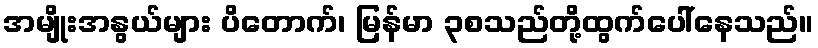
အမျိုးအနွယ်များ ပိတောက်၊ မြန်မာ ၃စသည်တို့ထွက်ပေါ်နေသည်။